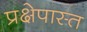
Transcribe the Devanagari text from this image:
प्रक्षेपास्त